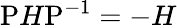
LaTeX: {\mathrm{P}}H{\mathrm{P}}^{-1}=-H